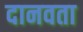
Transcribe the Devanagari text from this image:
दानवता